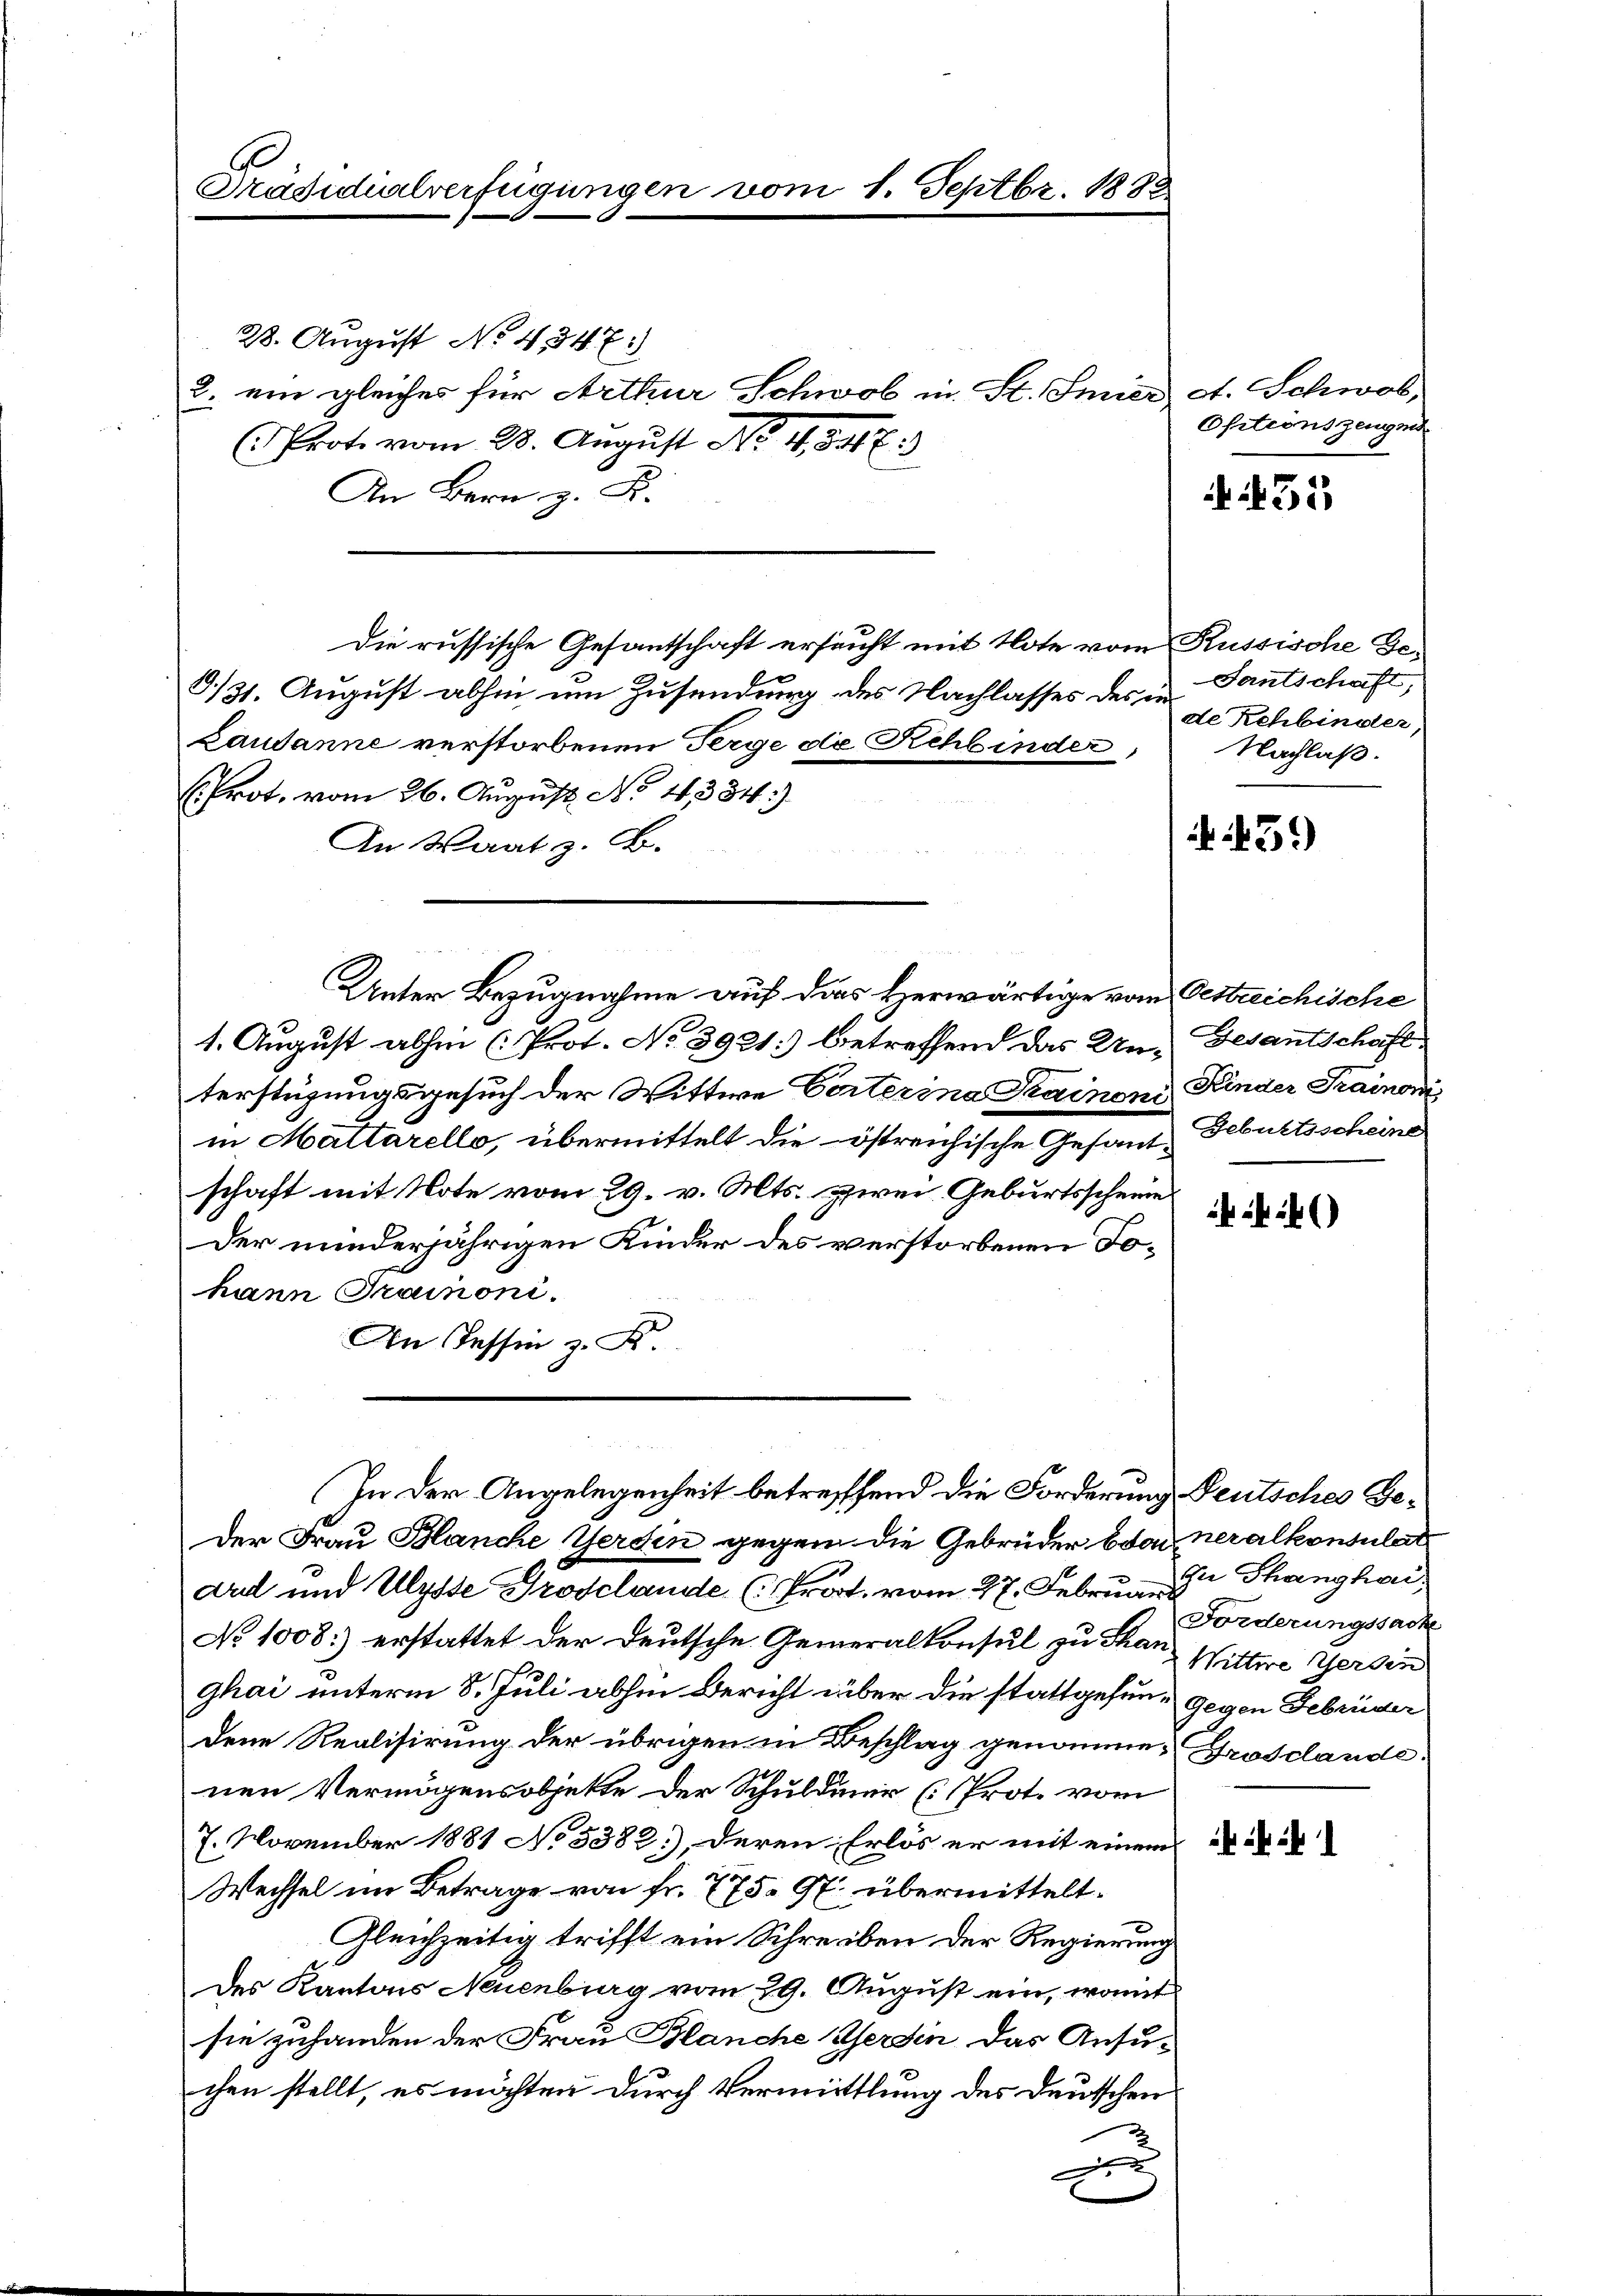
Präsidialverfügungen vom 1. Septbr. 1888.

28. August No. 434. 7)
2. ein gleiches für Arthur Schwol in St. Feier et. Schwab,
Prote vom 28. August No. 454. E
An Bern z. B.
Die russische Gesantschaft ersucht mit Note vom Kussische Ge¬
8./31. August abhin um Zusendung des Nachlasses des in d. Rchbinder,
Laudanne verstorbenen Terge de Rehbinder,
E. Prot. vom 26. August No. 4384.)
An Wart z. B.
Unter Bezugnahme auf das Herwärtige vom Oestreichische
1. August abhin (Prot. No 3921:) betreffend das Un- Gesantschaft
terstüzungsgesuch der Wittwe Certerina Krainen Kinder Trainowi
in Mattarello, übermittelt die östreichische Gesand- Geburtsscheine
schaft mit Note vom 29. v. Mts. zwei Geburtsscheine
Der minderjährigen Kinder des verstorbenen Tohann Trainoni.
An Tessin z. B
S 1
In der Angelegenheit betreffend die Forderung
Der Frau Blanche Gerden gegen die Gebrüder bdo neralkonsulat
drel und Ulysse Trosclande (Prot. vom 27. Februar. Der Thanghai
No 1008:) erstattet der Deutsche Generalkonsul zu Than
ghai unterm 8. Juli abhin Bericht über die stattgefun- Gegen Febrüder
dene Realisirung der übrigen in Beschlag genomme, Grosclande
nen Vermögensobjekte der Schuldunir (Prot. vom
7. November 1881 No 3382.), deren Erlös er mit einem ei
Wechsel im Betrage von Fr. 775. 97. übermittelt.
Gleichzeitig trifft ein Schreiben der Regierung
Des Kantons Neuenburg vom 29. August ein, womit
sie zuhanden der Frau Blanche Gerden das Ansuchen stellt, es möchten durch Vermittlung des Deutschen
A
.

Ositionszeugn

35

Santschaft,
Nachlaß.

439

Deutsches Ge¬
Forderungssache
Wittwe Gerden